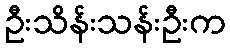
ဦးသိန်းသန်းဦးက